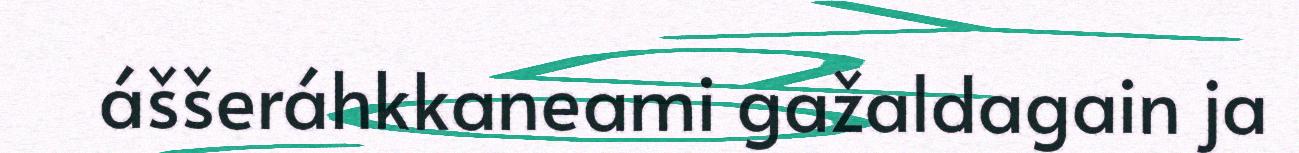
áššeráhkkaneami gažaldagain ja